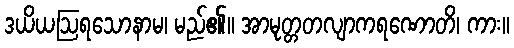
ဒယိယဩရသောနာမ၊ မည်၏။ အာမုတ္တတလျာကရဏောတိ၊ ကား။